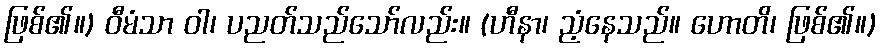
ဖြစ်၏။) ဝီမံသာ ဝါ၊ ပညတ်သည်သော်လည်း။ (ဟီနာ၊ ညံ့နေသည်။ ဟောတိ၊ ဖြစ်၏။)